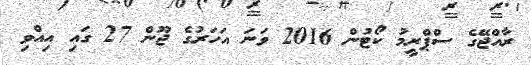
ރާއްޖޭގެ ސްޕްރީމު ކޯޓުން 2016 ވަނަ އަހަރުގެ ޖޫން 27 ގައި އިއްވި